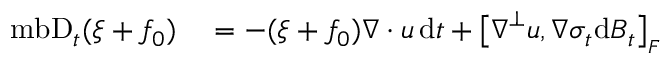
\begin{array} { r l } { \mathrm { \ m b { D } } _ { t } ( \xi + f _ { 0 } ) } & { { } = - ( \xi + f _ { 0 } ) \boldsymbol { \nabla } \boldsymbol { \cdot } \boldsymbol { u } \, \mathrm { d } t + \big [ \boldsymbol { \nabla } ^ { \perp } \boldsymbol { u } , \boldsymbol { \nabla } \boldsymbol { \sigma } _ { t } \mathrm { d } \boldsymbol { B } _ { t } \big ] _ { \scriptscriptstyle F } } \end{array}